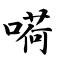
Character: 嗬